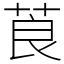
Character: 莨